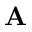
\mathbf { A }